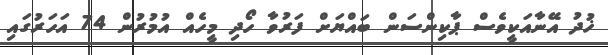
ޚުދު އޭނާއަކީވެސް ޕާކިންސަން ބައްޔަށް ފަރުވާ ހޯދި މީހެއް އުމުރުން 74 އަހަރުގައި